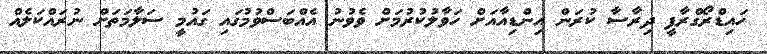
ހައިޑްރޯގްރާފީ ދިރާސާ ކުރަން އިންޑިއާއަށް ހަވާލުކުުރުމަށް ވެވުނު އެއްބަސްވުމުގައި ގައުމީ ސަލާމަތަށް ނުރައްކަލެއް